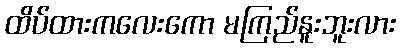
ထိပ်ထားကလေးကော မကြည်နူးဘူးလား